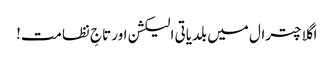
اگلا چترال میں بلدیاتی الیکشن اور تاجِ نظامت!